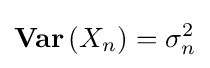
\mathbf {Var} \left(X_{n}\right)=\sigma _{n}^{2}